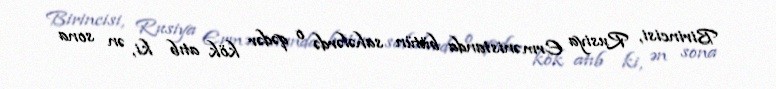
Birincisi, Rusiya Ermənistanda bütün sahələrdə o qədər kök atıb ki, ən sona